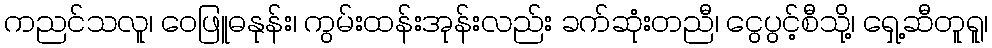
ကညင်သလူ၊ ဝေဖြူဓနုန်း၊ ကွမ်းထန်းအုန်းလည်း ခက်ဆုံးတညီ၊ ငွေပွင့်စီသို့၊ ရှေ့ဆီတူရူ၊